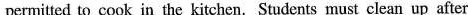
permitted to cook in the kitchen. Students must clean up after